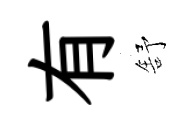
有舒